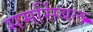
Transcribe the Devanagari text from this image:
समर्सिबल